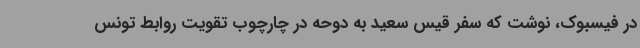
در فیسبوک، نوشت که سفر قیس سعید به دوحه در چارچوب تقویت روابط تونس